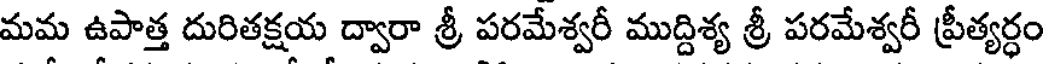
మమ ఉపాత్త దురితక్షయ ద్వారా శ్రీ పరమేశ్వరీ ముద్దిశ్య శ్రీ పరమేశ్వరీ ప్రీత్యర్ధం